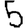
Digit: 5